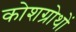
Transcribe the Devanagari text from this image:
कोशग्रोथों